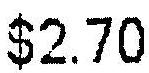
$2.70